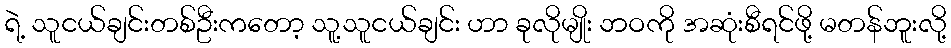
ရဲ့ သူငယ်ချင်းတစ်ဦးကတော့ သူ့သူငယ်ချင်း ဟာ ခုလိုမျိုး ဘဝကို အဆုံးစီရင်ဖို့ မတန်ဘူးလို့